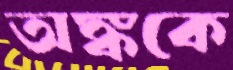
অঙ্ককে